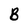
Character: B